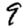
Digit: 9